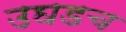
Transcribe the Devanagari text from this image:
उघडच